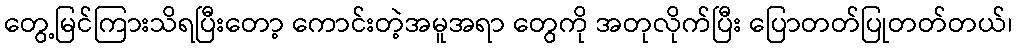
တွေ့မြင်ကြားသိရပြီးတော့ ကောင်းတဲ့အမူအရာ တွေကို အတုလိုက်ပြီး ပြောတတ်ပြုတတ်တယ်၊